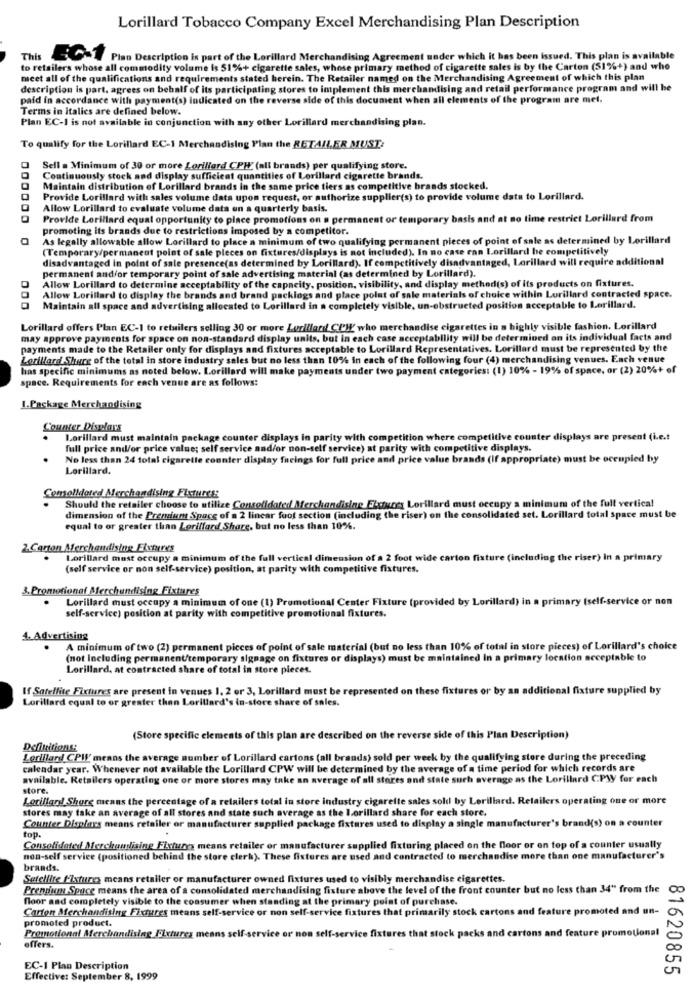
Lorillard Tobacco Company Excel Merchandising Plan Description
This
EGY Pian Description is part of the Lorillard Merchandising Agreement under which it has been issued. This plan is available
to retailers whose all commodity volume is 51%+ cigarette sales, whose primary method of cigarette sales is by the Carton (51%+) and who
meet all of the qualifications and requirements stated herein. The Retailer named on the Merchandising Agreement of which this plan
description is part, agrees on behalf of its participating stores to implement this merchandising and retail performance program and will be
paid in accordance with payment(s) indicated on the reverse side of this document when all elements of the program are met.
Terms in italics are defined below.
Plan EC-1 is not available in conjunction with any other Lorillard merchandising plan.
To qualify for the Lorillard EC-1 Merchandising Plan the RETAILER MUST:
Sell a Minimum of 30 or more Lorillard CPH' (all brands) per qualifying store.
Continuously stock and display sufficient quantities of Lorillard cigarette brands.
Maintain distribution of Lorillard brands in the same price tiers as competitive brands stocked.
Provide Lorillard with sales volume data upon request, or authorize supplier(s) to provide volume data to Lorillard.
Allow Lorillard to evaluate volume data on a quarterly basis.
Provide Lorillard equal opportunity to pince promotions on a permanent or temporary basis and at no time restrict Lorillard from
promoting its brands due to restrictions imposed by a competitor.
As legally allowable allow Lorillard to place a minimum of two qualifying permanent pieces of point of sale as determined by Lorillard
(Temporary/permanent point of sale pleces on fixtures/displays is not included). In no case ran Lorillard be competitively
disadvantaged in point of sale presence(as determined by Lorillard). If competitively disadvantaged, Lorillard will require additional
permanent and/or temporary point of sale advertising material (as determined by Lorillard).
Allow Lorillard to determine acceptability of the capacity, position, visibility, and display method(s) of its products on fixtures.
Allow Lorillard to display the brands and brand packlogs and place point of sale materials of choice within Lorillard contracted space.
Maintain all space and advertising allocated to Lorillard in a completely visible, un-obstructed position acceptable to Lorillard.
Lorillard offers Plan EC-1 to retailers selling 30 or more Lorillard! CPH' who merchandise cigarettes in a highly visible fashion. Lorillard
may approve payments for space on non-standard display units, but in each case acceptability will be determined on its individual facts and
payments made to the Retailer only for displays and fixtures acceptable to Lorillard Representatives. Lorillard must be represented by the
Lorillard Shure of the total in store industry sales but no less than 10% in each of the following four (4) merchandising venues. Each venue
has specific minimums as noted below. Lorillard will make payments under two payment categories: (1) 10% - 19% of space, or (2) 20%+ of
space. Requirements for each venue are as follows:
I.Package Merchandising
Counter Displays
Lorillard must maintain package counter displays in parity with competition where competitive counter displays are present (i.e .!
full price and/or price value; self service and/or non-self service) at parity with competitive displays.
No less than 24 total cigarette counter display freings for full price and price value brands (If appropriate) must be occupied by
Lorillard.
Comolldoted Merchandising Fixtures:
Should the retailer choose to utilize Consolidated Merchandising Elxtures Lorillard must occupy a minimum of the full vertical
dimension of the Premium Space of a 2 linear fuot section (including the riser) on the consolidated set. Lorillard total space must be
equal to or greater than Lorillard Share, but no less than 10%.
2.Carton Merchandising Fixtures
Lorillard mast occupy a minimum of the full vertical dimension of a 2 foot wide carton fixture (including the riser) In a primary
(self service or non self-service) position, at parity with competitive fixtures.
3. Promotional Merchandising Fixtures
Lorillard must occupy a minimum of one (1) Promotional Center Fixture (provided by Lorillard) in a primary (self-service or non
self-service) position at parity with competitive promotional fixtures.
4. Advertising
A minimum of two (2) permanent picces of point of sale material (but no less than 10% of total in store pieces) of Lorillard's choice
(not Including permanent/temporary signage on fixtures or displays) must be maintained In a primary location acceptable to
Lorillard, at contracted share of total in store pieces.
If Satellite Fixtures are present in venues 1. 2 or 3, Lorillard must be represented on these fixtures or by an additional fixture supplied by
Lorillard equal to or greater than Lorillard's in-store share of sales.
(Store specific elements of this plan are described on the reverse side of this Plan Description)
Definitions:
Lorillard CPIL' means the average number of Lorillard cartons (all brands) sold per week by the qualifying store during the preceding
calendar year. Whenever not available the Lorillard CPW will be determined by the average of a time period for which records are
available. Retailers operating one or more stores may take an average of all stores and state such average as the Lorillard CPW for each
store.
Lorillard! Share means the percentage of a retailers total in store industry cigarette sales sold by Lerillard. Retailers operating one or more
stores may take an average of all stores and state such average as the lorillard share for each store.
Counter Displays means retailer or manufacturer supplied package fixtures used to display a single manufacturer's brand(s) on a counter
top.
Consolidated Merchandising Fixtures means retailer or manufacturer supplied fixturing placed on the floor or on top of a counter usually
non-self service (positioned behind the store clerk). These fixtures are used and contracted to merchandise more than one manufacturer's
brands.
Seteliite fixtures means retailer or manufacturer owned fixtures used to visibly merchandise cigarettes.
Prennium Space means the area of a consolidated merchandising fixture above the level of the front counter but no less than 34" from the
floor and completely visible to the consumer when standing at the primary point of purchase.
Carton Merchandising Fixtures means self-service or non self-service fixtures that primarily stock cartons and feature promoted and un-
promoted product.
Promotional Merchandising Fixtures means self-service or non self-service fixtures that stock packs and cartons and feature promotional
offers.
EC-1 Plan Description
81620855
Effective: September 8, 1999